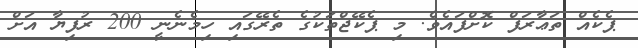
ޕެކެއް ތަޢާރަފް ކޮށްފައެެވެ. މި ޕެކޭޖްތަކުގެ ތެރޭގައި ހިމެނެނީ 200 ރުފިޔާ އަށް